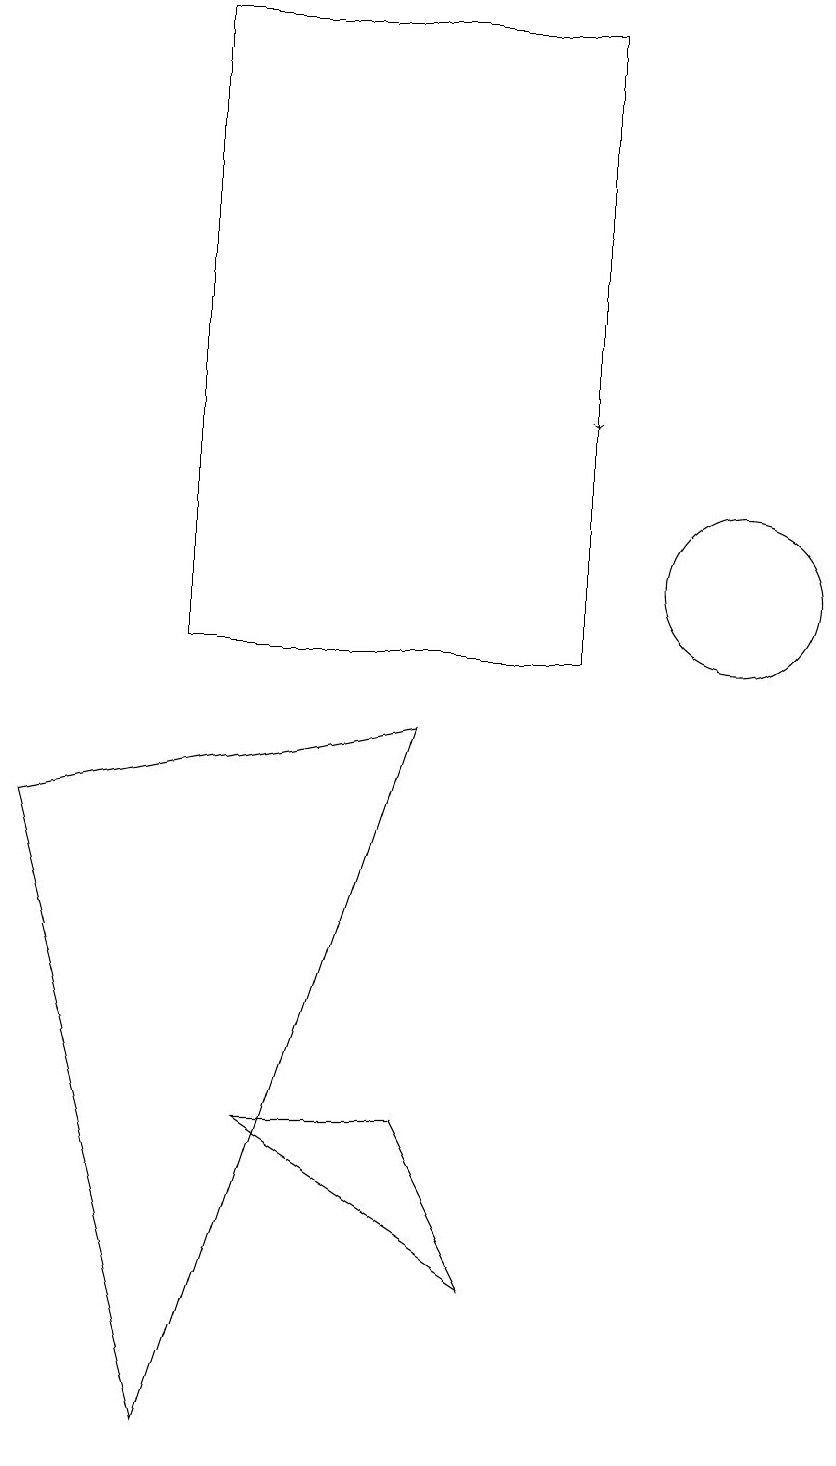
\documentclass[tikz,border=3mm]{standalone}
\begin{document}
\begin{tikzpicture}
\draw[->] (8,17) -- (8,13);
\draw (10,11) circle (1);
\draw (3,10) rectangle (8,18);
\draw (4,4) -- (7,2) -- (6,4) -- cycle;
\draw (3,0) -- (6,9) -- (1,8) -- cycle;
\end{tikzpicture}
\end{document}